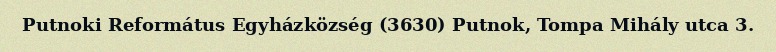
Putnoki Református Egyházközség (3630) Putnok, Tompa Mihály utca 3.